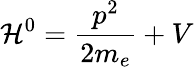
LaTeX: {\mathcal{H}}^{0}={\frac{p^{2}}{2m_{e}}}+V